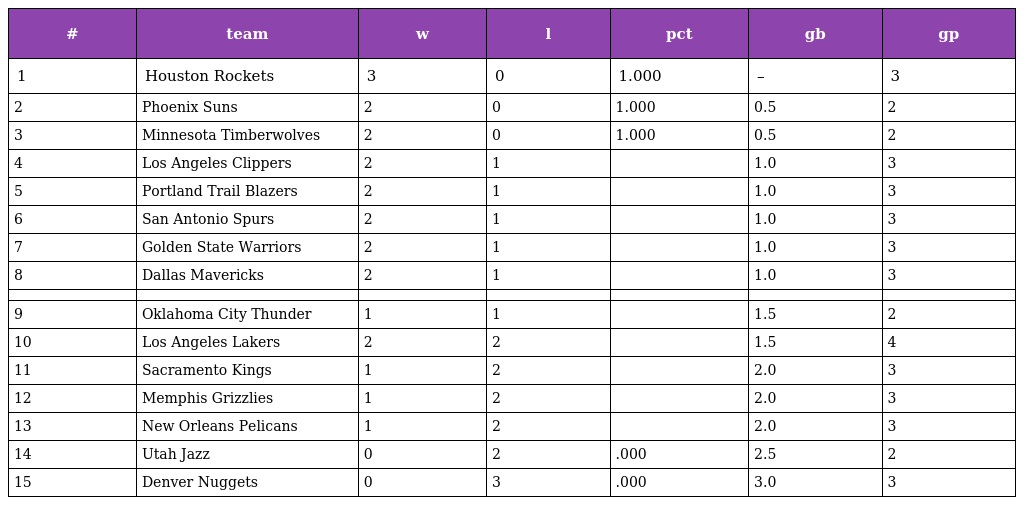
| # | team | w | l | pct | gb | gp |
 | --- | --- | --- | --- | --- | --- | --- |
 | 1 | Houston Rockets | 3 | 0 | 1.000 | – | 3 |
 | 2 | Phoenix Suns | 2 | 0 | 1.000 | 0.5 | 2 |
 | 3 | Minnesota Timberwolves | 2 | 0 | 1.000 | 0.5 | 2 |
 | 4 | Los Angeles Clippers | 2 | 1 |  | 1.0 | 3 |
 | 5 | Portland Trail Blazers | 2 | 1 |  | 1.0 | 3 |
 | 6 | San Antonio Spurs | 2 | 1 |  | 1.0 | 3 |
 | 7 | Golden State Warriors | 2 | 1 |  | 1.0 | 3 |
 | 8 | Dallas Mavericks | 2 | 1 |  | 1.0 | 3 |
 |  |  |  |  |  |  |  |
 | 9 | Oklahoma City Thunder | 1 | 1 |  | 1.5 | 2 |
 | 10 | Los Angeles Lakers | 2 | 2 |  | 1.5 | 4 |
 | 11 | Sacramento Kings | 1 | 2 |  | 2.0 | 3 |
 | 12 | Memphis Grizzlies | 1 | 2 |  | 2.0 | 3 |
 | 13 | New Orleans Pelicans | 1 | 2 |  | 2.0 | 3 |
 | 14 | Utah Jazz | 0 | 2 | .000 | 2.5 | 2 |
 | 15 | Denver Nuggets | 0 | 3 | .000 | 3.0 | 3 |